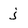
Character: j